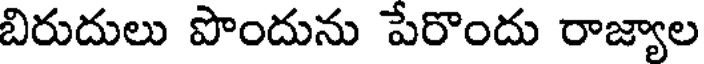
బిరుదులు పొందును పేరొందు రాజ్యాల